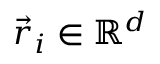
\vec { r } _ { i } \in \mathbb { R } ^ { d }